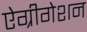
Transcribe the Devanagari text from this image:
ऐग्रीगेशन